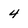
Character: 4